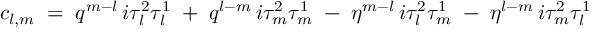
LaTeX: c _ { l , m } \; = \; q ^ { m - l } \, i \tau _ { l } ^ { 2 } \tau _ { l } ^ { 1 } \; + \; q ^ { l - m } \, i \tau _ { m } ^ { 2 } \tau _ { m } ^ { 1 } \; - \; \eta ^ { m - l } \, i \tau _ { l } ^ { 2 } \tau _ { m } ^ { 1 } \; - \; \eta ^ { l - m } \, i \tau _ { m } ^ { 2 } \tau _ { l } ^ { 1 } \,